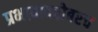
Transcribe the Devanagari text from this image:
प्रभावाबरोबरच